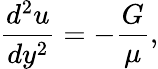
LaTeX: {\frac{d^{2}u}{dy^{2}}}=-{\frac{G}{\mu}},